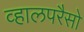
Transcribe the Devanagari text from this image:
व्हालपरैसो